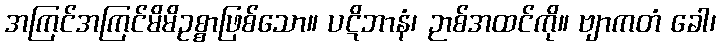
အကြင်အကြင်မိမိဥစ္စာဖြစ်သော။ ပဋိဘာနံ၊ ဉာစ်အထင်ကို။ ဗျာကတံ ခေါ၊